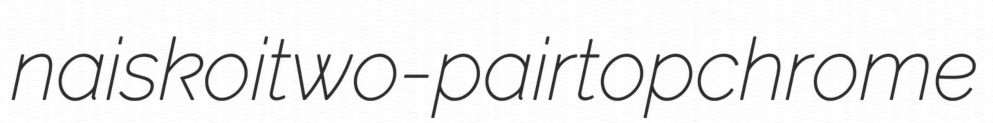
naiskoi two-pair topchrome